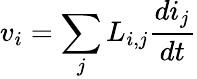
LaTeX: v_{i}=\sum_{j}L_{i,j}{\frac{di_{j}}{dt}}